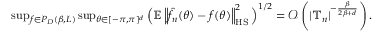
\begin{array} { r } { \operatorname* { s u p } _ { f \in { \cal P } _ { D } ( \beta , L ) } \operatorname* { s u p } _ { \theta \in [ - \pi , \pi ] ^ { d } } \Big ( \mathbb E \left\Vert \hat { f } _ { n } ( \theta ) - f ( \theta ) \right\Vert _ { \mathrm { H S } } ^ { 2 } \Big ) ^ { 1 / 2 } = \mathcal { O } \left( | \mathbb T _ { n } | ^ { - \frac { \beta } { 2 \beta + d } } \right) . } \end{array}